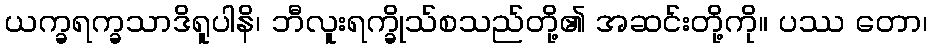
ယက္ခရက္ခသာဒိရူပါနိ၊ ဘီလူးရက္ခိုသ်စသည်တို့၏ အဆင်းတို့ကို။ ပဿ တော၊